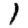
Digit: 1